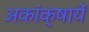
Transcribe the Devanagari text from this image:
अकांक्षायें